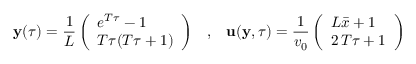
{ \mathbf y } ( \tau ) = \frac { 1 } { L } \left( \begin{array} { l } { e ^ { T \tau } - 1 } \\ { T \tau ( T \tau + 1 ) } \end{array} \right) \; \; \; , \; \; \; { \mathbf u } ( { \mathbf y } , \tau ) = \frac { 1 } { v _ { 0 } } \left( \begin{array} { l } { L \bar { x } + 1 } \\ { 2 \, T \tau + 1 } \end{array} \right)